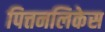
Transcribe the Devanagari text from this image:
पित्तनलिकेस